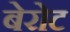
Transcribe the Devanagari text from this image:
बेरोट